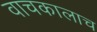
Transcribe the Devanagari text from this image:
वाचकालाच